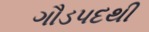
ગૌડપદથી